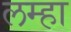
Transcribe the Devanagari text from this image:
लम्हा